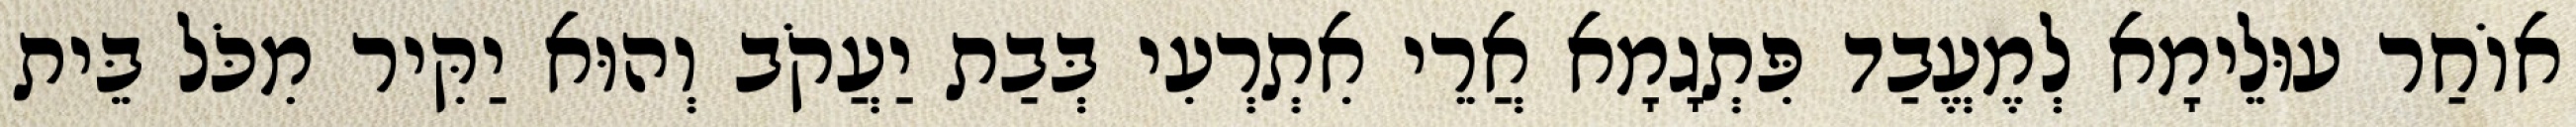
אוֹחַר עוּלֵימָא לְמֶעֱבַד פִּתְגָמָא אֲרֵי אִתְרְעִי בְּבַת יַעֲקֹב וְהוּא יַקִּיר מִכֹּל בֵּית